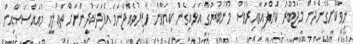
ނިވާކޮށްގެންދާން މަޖުބޫރު ކޮށްފައިވާއިރުވެސް މޫނުބުރުގާ އަޅައިގެން ކިޔަވާން ހާޒިރުވެއްޖެނަމަ އެފަދަކުދީންނަށް ތަޢުލީމީ މުއައްސަސާއިން